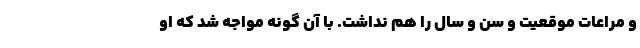
و مراعات موقعیت و سن و سال را هم نداشت. با آن گونه مواجه شد که او